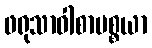
ဖရုသာဝါစာပစ္စယာ